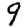
Digit: 9